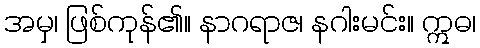
အမှ၊ ဖြစ်ကုန်၏။ နာဂရာဇ၊ နဂါးမင်း။ ဣဓ၊